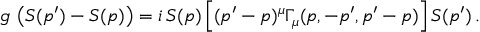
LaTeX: g \, \left( S ( p ^ { \prime } ) - S ( p ) \right) = i \, S ( p ) \left[ ( p ^ { \prime } - p ) ^ { \mu } \Gamma _ { \mu } ( p , - p ^ { \prime } , p ^ { \prime } - p ) \right] S ( p ^ { \prime } ) \, .